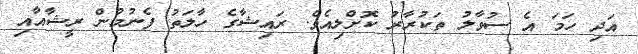
އަދި ހަމަ އެ ސުވާލު ތަކުރާރު ކޮށްލިއެވެ. ރައިޝާގެ ހާލަތު ފެނުމުން ރީޝާއާއި